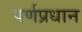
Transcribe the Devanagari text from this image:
पर्णप्रधान